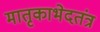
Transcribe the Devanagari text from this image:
मातृकाभेदतंत्र